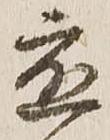
応